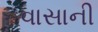
વાસાની